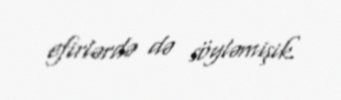
efirlərdə də söyləmişik.